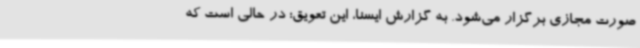
صورت مجازی برگزار می‌شود. به گزارش ایسنا، این تعویق؛ در حالی است که